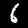
Digit: 6